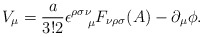
\begin{align*}V_{\mu}=\frac{a}{3!2}\epsilon^{\rho\sigma\nu}_{~~~\mu}F_{\nu\rho\sigma}(A)-\partial_{\mu}\phi .\end{align*}